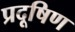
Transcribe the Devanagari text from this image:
प्रदूषिण